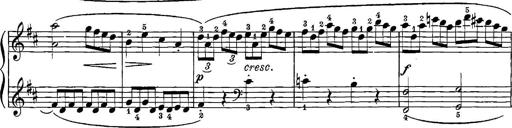
Title: 12 Sonatinas
Composer: Ignaz Pleyel